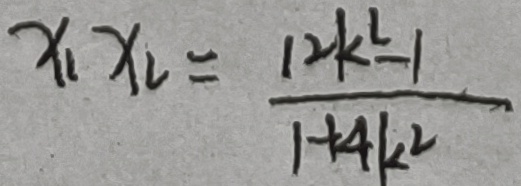
x _ { 1 } x _ { 2 } = \frac { 1 2 k ^ { 2 } - 1 } { 1 + 4 k ^ { 2 } }